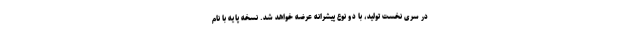
در سری نخست تولید، با دو نوع پیشرانه عرضه خواهد شد. نسخه پایه با نام